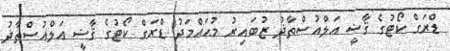
ޑްރަގް ކޯޓުގެ ޤާޟީ އަލްއުސްތާޛު ޒުބައިރު މުޙައްމަދު ޑްރަގް ކޯޓުގެ ޤާޟީ އަލްއުސްތާޛު